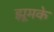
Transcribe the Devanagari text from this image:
झूमके